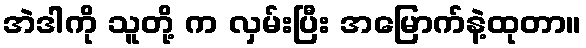
အဲဒါကို သူတို့ က လှမ်းပြီး အမြောက်နဲ့ထုတာ။